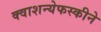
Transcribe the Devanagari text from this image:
क्वाशन्येफस्कीने